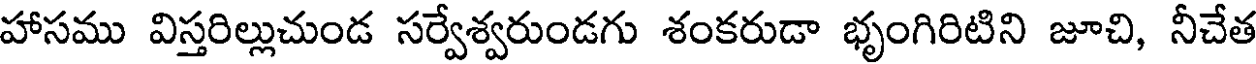
హాసము విస్తరిల్లుచుండ సర్వేశ్వరుండగు శంకరుడా భృంగిరిటిని జూచి, నీచేత